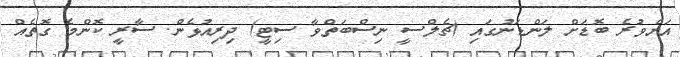
އަށްވުރެ ބޮޑަށް ލަންޑަނުގައި (ޗެލްސީ ނިސްބަތްވާ ސިޓީ) ދިރިއުޅެން. ސާރީ ކޮންމެ ގޮތެއް